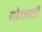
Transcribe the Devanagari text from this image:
गोळ्याही